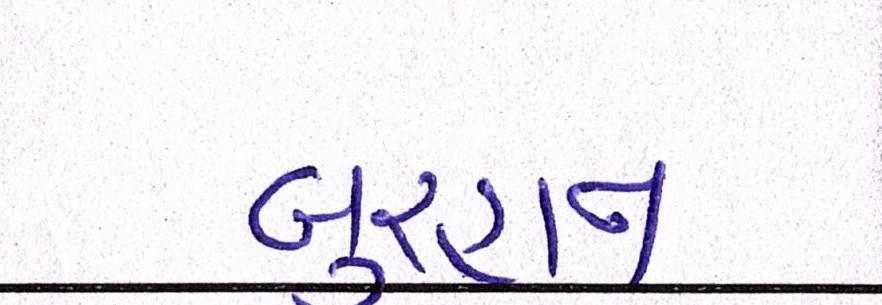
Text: બુરહાન